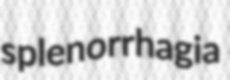
splenorrhagia